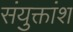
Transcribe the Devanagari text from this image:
संयुक्तांश